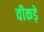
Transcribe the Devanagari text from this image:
वीकड़े